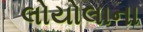
લોયોલાના